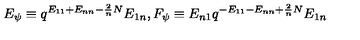
E _ { \psi } \equiv q ^ { E _ { 1 1 } + E _ { n n } - \frac { 2 } { n } N } E _ { 1 n } , F _ { \psi } \equiv E _ { n 1 } q ^ { - E _ { 1 1 } - E _ { n n } + \frac { 2 } { n } N } E _ { 1 n }